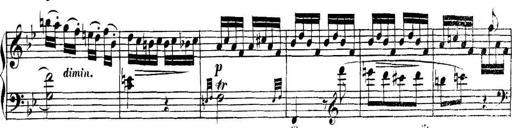
Title: Collected Piano Sonatas
Composer: Muzio Clementi